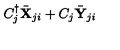
{ C _ { j } ^ { \dag } { \bar { \bf X } } _ { j i } + C _ { j } { \bar { \bf Y } } _ { j i } }